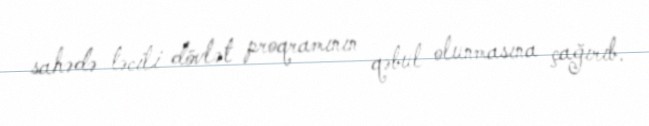
sahədə təcili dövlət proqramının qəbul olunmasına çağırıb.